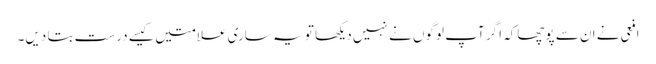
افعی نے ان سے پوچھاکہ اگر آپ لوگوں نے نہیں دیکھا تو یہ ساری علامتیں کیسے درست بتا دیں۔